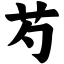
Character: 芍